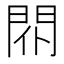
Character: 𨳢